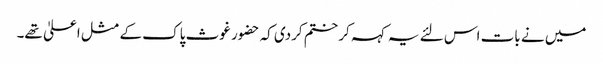
میں نے بات اس لئے یہ کہہ کر ختم کردی کہ حضور غوث پاک کے مثل اعلیٰ تھے۔